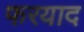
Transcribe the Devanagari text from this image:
फरयाद